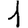
Digit: 1